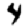
Digit: 4